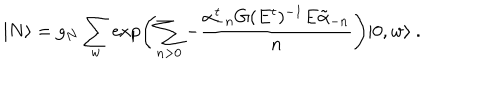
LaTeX: | N \rangle = g _ { N } \sum _ { w } \exp \left( \sum _ { n > 0 } - \frac { \alpha _ { - n } ^ { t } G ( E ^ { t } ) ^ { - 1 } E \tilde { \alpha } _ { - n } } { n } \right) | 0 , w \rangle \ .